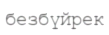
безбүйрек